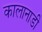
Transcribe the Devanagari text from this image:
कालानाडी